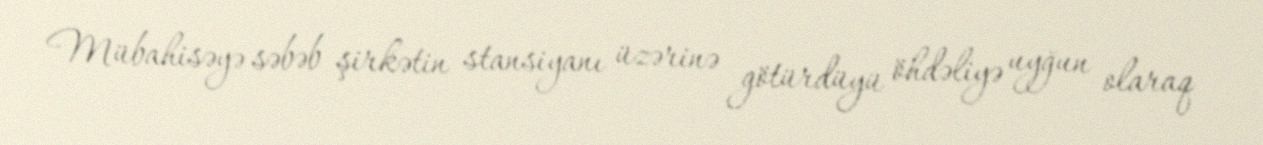
Mübahisəyə səbəb şirkətin stansiyanı üzərinə götürdüyü öhdəliyə uyğun olaraq